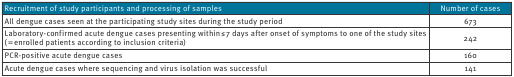
<table><thead><tr><td><b>Recruitment of study participants and processing of samples </b></td><td><b>Number of cases</b></td></tr></thead><tbody><tr><td>All dengue cases seen at the participating study sites during the study period</td><td>673</td></tr><tr><td>Laboratory-confirmed acute dengue cases presenting within ≤ 7 days after onset of symptoms to one of the study sites ( = enrolled patients according to inclusion criteria)</td><td>242</td></tr><tr><td>PCR-positive acute dengue cases</td><td>160</td></tr><tr><td>Acute dengue cases where sequencing and virus isolation was successful</td><td>141</td></tr></tbody></table>